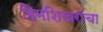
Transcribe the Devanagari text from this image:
हिमशिखरांचा